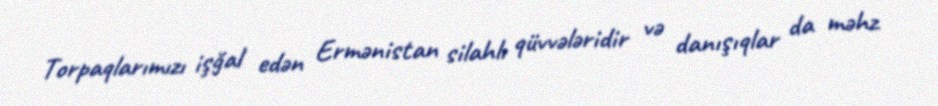
Torpaqlarımızı işğal edən Ermənistan silahlı qüvvələridir və danışıqlar da məhz